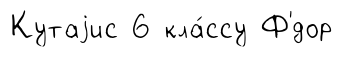
Кутаjис 6 кла́ссу Ф'́дор